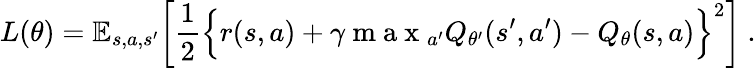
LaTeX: L(\theta)=\mathbb{E}_{s,a,s^{\prime}}\bigg[\frac{1}{2}\Big\lbrace r(s,a)+\gamma\mathrm{~m~a~x~}_{a^{\prime}}Q_{\theta^{\prime}}(s^{\prime},a^{\prime})-Q_{\theta}(s,a)\Big\rbrace^{2}\bigg]~.